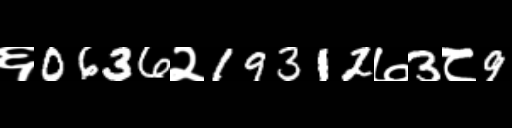
Text: ६0636२19312७3८9